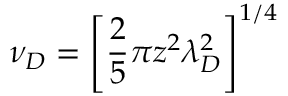
\nu _ { D } = \left[ \frac { 2 } { 5 } \pi z ^ { 2 } \lambda _ { D } ^ { 2 } \right] ^ { 1 / 4 }